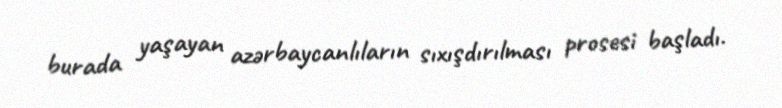
burada yaşayan azərbaycanlıların sıxışdırılması prosesi başladı.